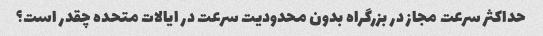
حداکثر سرعت مجاز در بزرگراه بدون محدودیت سرعت در ایالات متحده چقدر است؟